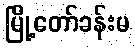
မြို့တော်ခန်းမ